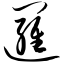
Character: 逻